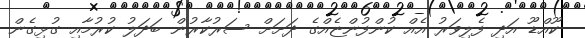
ކޫއްޑޫ އަދި ފެލިވަރު އެއް ކުންފުންޏެއްގެ ދަށަށް ސަރުކާރުން ބަދަލު ކުރުމާއި ގުޅިގެން